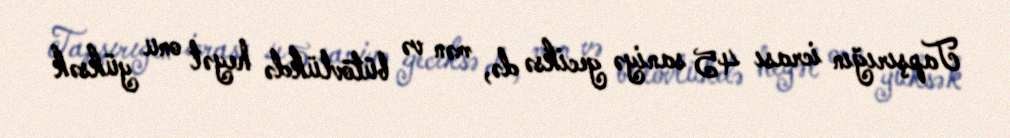
Tapşırığın icrası 45 saniyə geciksə də, mən və bütövlükdə heyət onu yüksək